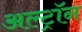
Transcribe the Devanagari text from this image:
अल्ट्राॅन